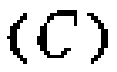
\((C)\)